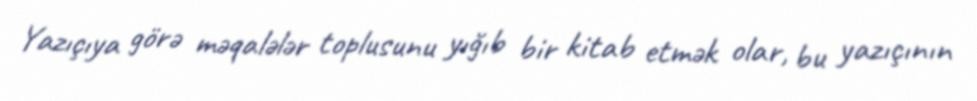
Yazıçıya görə məqalələr toplusunu yığıb bir kitab etmək olar, bu yazıçının